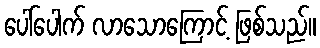
ပေါ်ပေါက် လာသောကြောင့် ဖြစ်သည်။